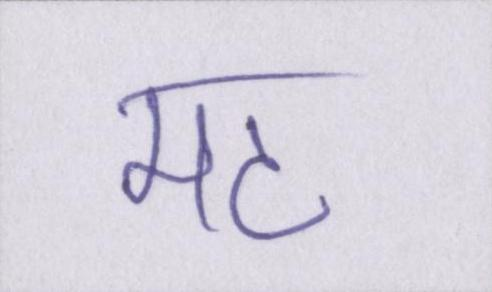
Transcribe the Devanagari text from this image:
मठ